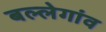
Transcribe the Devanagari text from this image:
बल्लेगांव